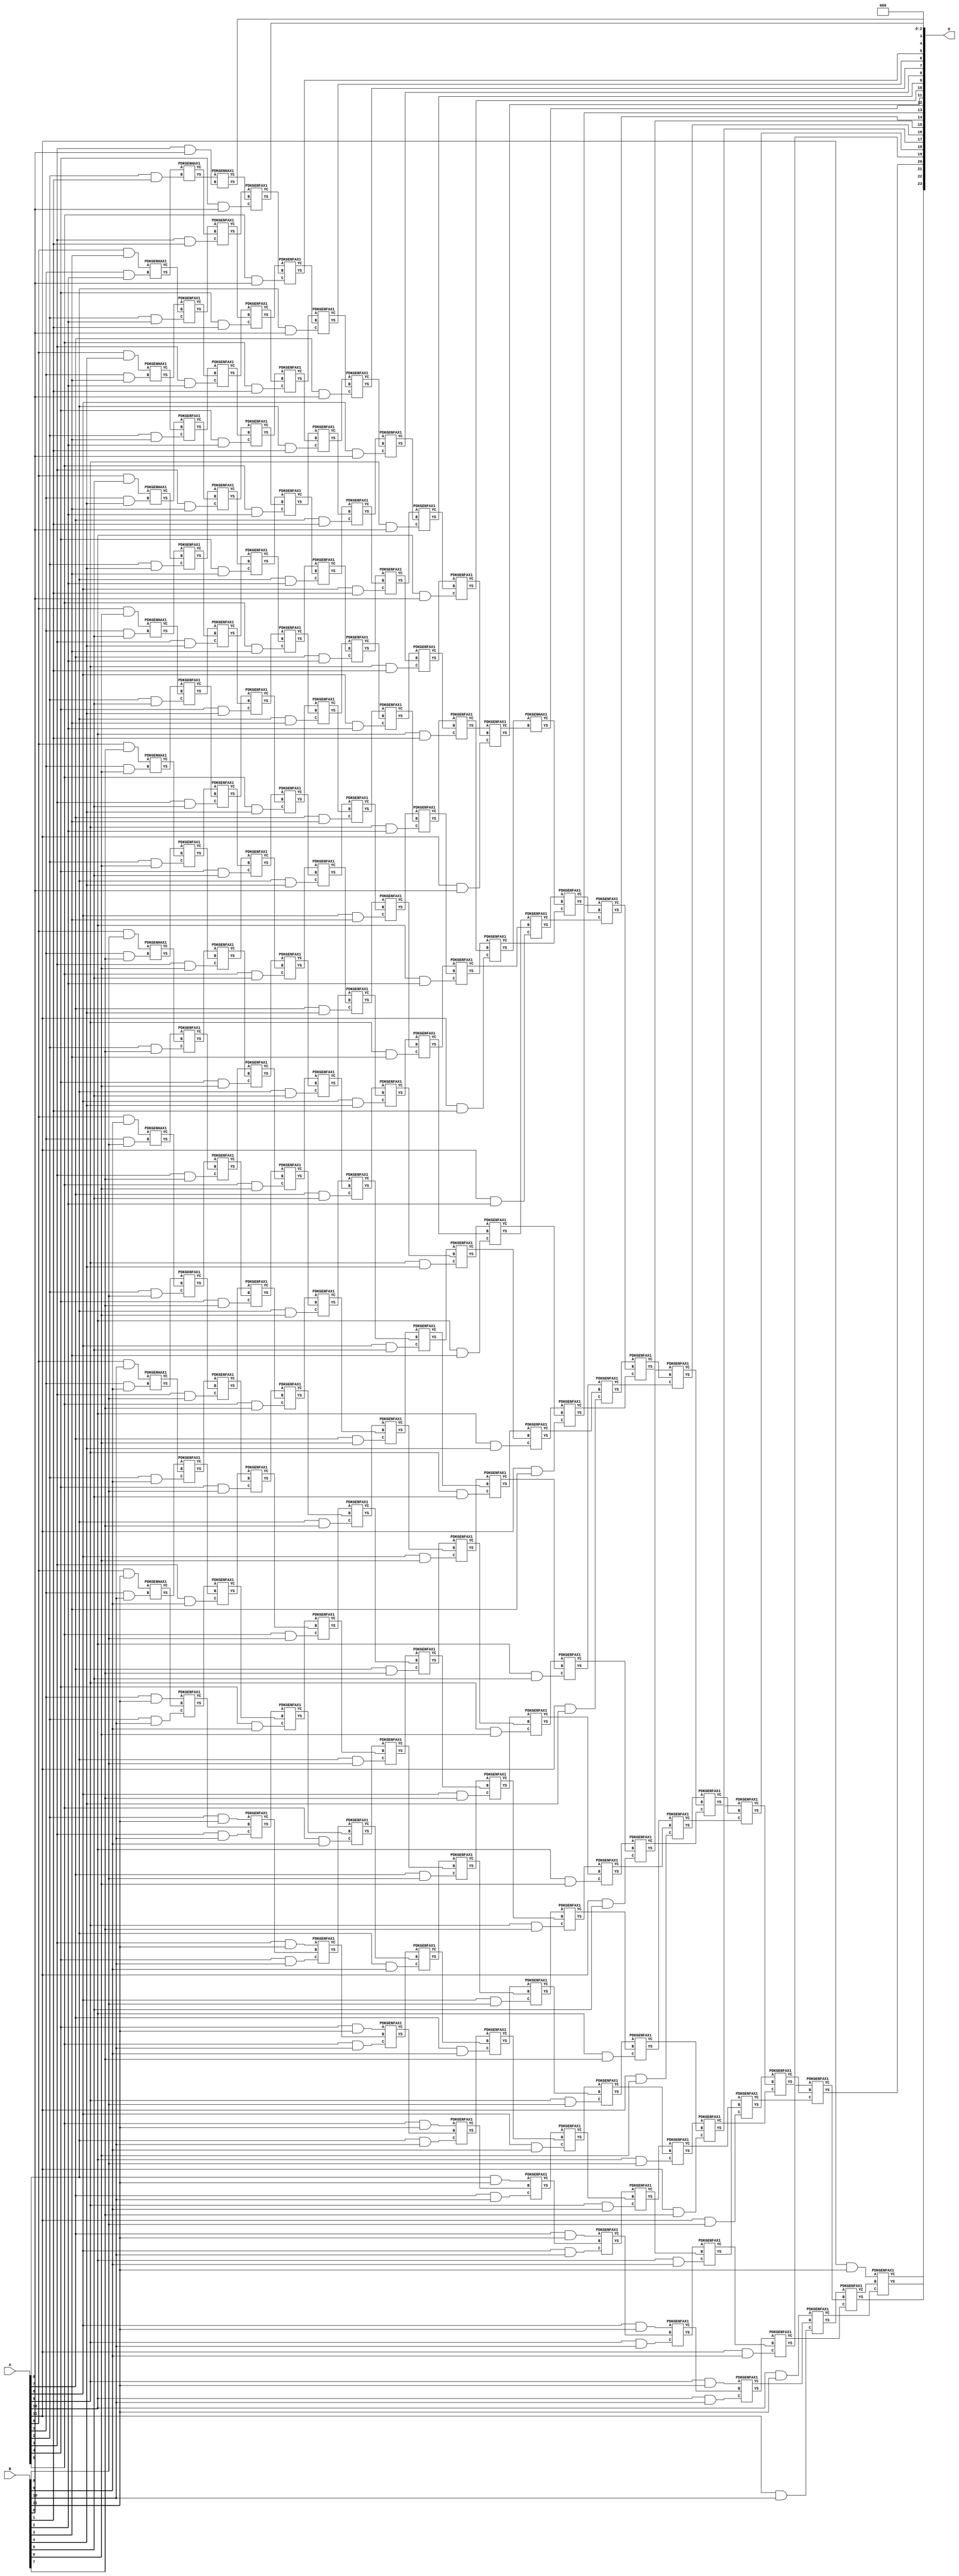
/***
* This code is a part of EvoApproxLib library (ehw.fit.vutbr.cz/approxlib) distributed under The MIT License.
* When used, please cite the following article(s): V. Mrazek, Z. Vasicek, L. Sekanina, H. Jiang and J. Han, "Scalable Construction of Approximate Multipliers With Formally Guaranteed Worst Case Error" in IEEE Transactions on Very Large Scale Integration (VLSI) Systems, vol. 26, no. 11, pp. 2572-2576, Nov. 2018. doi: 10.1109/TVLSI.2018.2856362 
* This file contains a circuit from a sub-set of pareto optimal circuits with respect to the pwr and wce parameters
***/
// MAE% = 0.000025 %
// MAE = 4.2 
// WCE% = 0.0001 %
// WCE = 17 
// WCRE% = 100.00 %
// EP% = 68.75 %
// MRE% = 0.0019 %
// MSE = 34 
// PDK45_PWR = 1.142 mW
// PDK45_AREA = 1556.7 um2
// PDK45_DELAY = 2.27 ns


module mul12u_2ED ( A, B, O );
  input [11:0] A;
  input [11:0] B;
  output [23:0] O;

  wire C_10_0,C_10_1,C_10_10,C_10_2,C_10_3,C_10_4,C_10_5,C_10_6,C_10_7,C_10_8,C_10_9,C_11_0,C_11_1,C_11_10,C_11_2,C_11_3,C_11_4,C_11_5,C_11_6,C_11_7,C_11_8,C_11_9,C_12_0,C_12_1,C_12_10,C_12_2,C_12_3,C_12_4,C_12_5,C_12_6,C_12_7,C_12_8,C_12_9,C_1_10,C_1_2,C_1_3,C_1_4,C_1_5,C_1_6,C_1_7,C_1_8,C_1_9,C_2_1,C_2_10,C_2_2,C_2_3,C_2_4,C_2_5,C_2_6,C_2_7,C_2_8,C_2_9,C_3_0,C_3_1,C_3_10,C_3_2,C_3_3,C_3_4,C_3_5,C_3_6,C_3_7,C_3_8,C_3_9,C_4_0,C_4_1,C_4_10,C_4_2,C_4_3,C_4_4,C_4_5,C_4_6,C_4_7,C_4_8,C_4_9,C_5_0,C_5_1,C_5_10,C_5_2,C_5_3,C_5_4,C_5_5,C_5_6,C_5_7,C_5_8,C_5_9,C_6_0,C_6_1,C_6_10,C_6_2,C_6_3,C_6_4,C_6_5,C_6_6,C_6_7,C_6_8,C_6_9,C_7_0,C_7_1,C_7_10,C_7_2,C_7_3,C_7_4,C_7_5,C_7_6,C_7_7,C_7_8,C_7_9,C_8_0,C_8_1,C_8_10,C_8_2,C_8_3,C_8_4,C_8_5,C_8_6,C_8_7,C_8_8,C_8_9,C_9_0,C_9_1,C_9_10,C_9_2,C_9_3,C_9_4,C_9_5,C_9_6,C_9_7,C_9_8,C_9_9,S_0_10,S_0_11,S_0_3,S_0_4,S_0_5,S_0_6,S_0_7,S_0_8,S_0_9,S_10_0,S_10_1,S_10_10,S_10_11,S_10_2,S_10_3,S_10_4,S_10_5,S_10_6,S_10_7,S_10_8,S_10_9,S_11_0,S_11_1,S_11_10,S_11_11,S_11_2,S_11_3,S_11_4,S_11_5,S_11_6,S_11_7,S_11_8,S_11_9,S_12_0,S_12_1,S_12_10,S_12_11,S_12_2,S_12_3,S_12_4,S_12_5,S_12_6,S_12_7,S_12_8,S_12_9,S_1_10,S_1_11,S_1_2,S_1_3,S_1_4,S_1_5,S_1_6,S_1_7,S_1_8,S_1_9,S_2_1,S_2_10,S_2_11,S_2_2,S_2_3,S_2_4,S_2_5,S_2_6,S_2_7,S_2_8,S_2_9,S_3_0,S_3_1,S_3_10,S_3_11,S_3_2,S_3_3,S_3_4,S_3_5,S_3_6,S_3_7,S_3_8,S_3_9,S_4_0,S_4_1,S_4_10,S_4_11,S_4_2,S_4_3,S_4_4,S_4_5,S_4_6,S_4_7,S_4_8,S_4_9,S_5_0,S_5_1,S_5_10,S_5_11,S_5_2,S_5_3,S_5_4,S_5_5,S_5_6,S_5_7,S_5_8,S_5_9,S_6_0,S_6_1,S_6_10,S_6_11,S_6_2,S_6_3,S_6_4,S_6_5,S_6_6,S_6_7,S_6_8,S_6_9,S_7_0,S_7_1,S_7_10,S_7_11,S_7_2,S_7_3,S_7_4,S_7_5,S_7_6,S_7_7,S_7_8,S_7_9,S_8_0,S_8_1,S_8_10,S_8_11,S_8_2,S_8_3,S_8_4,S_8_5,S_8_6,S_8_7,S_8_8,S_8_9,S_9_0,S_9_1,S_9_10,S_9_11,S_9_2,S_9_3,S_9_4,S_9_5,S_9_6,S_9_7,S_9_8,S_9_9;

  assign S_0_3 = (A[0] & B[3]);
  assign S_0_4 = (A[0] & B[4]);
  assign S_0_5 = (A[0] & B[5]);
  assign S_0_6 = (A[0] & B[6]);
  assign S_0_7 = (A[0] & B[7]);
  assign S_0_8 = (A[0] & B[8]);
  assign S_0_9 = (A[0] & B[9]);
  assign S_0_10 = (A[0] & B[10]);
  assign S_0_11 = (A[0] & B[11]);
  PDKGENHAX1 U13047 (.A(S_0_3), .B((A[1] & B[2])), .YS(S_1_2), .YC(C_1_2));
  PDKGENHAX1 U13048 (.A(S_0_4), .B((A[1] & B[3])), .YS(S_1_3), .YC(C_1_3));
  PDKGENHAX1 U13049 (.A(S_0_5), .B((A[1] & B[4])), .YS(S_1_4), .YC(C_1_4));
  PDKGENHAX1 U13050 (.A(S_0_6), .B((A[1] & B[5])), .YS(S_1_5), .YC(C_1_5));
  PDKGENHAX1 U13051 (.A(S_0_7), .B((A[1] & B[6])), .YS(S_1_6), .YC(C_1_6));
  PDKGENHAX1 U13052 (.A(S_0_8), .B((A[1] & B[7])), .YS(S_1_7), .YC(C_1_7));
  PDKGENHAX1 U13053 (.A(S_0_9), .B((A[1] & B[8])), .YS(S_1_8), .YC(C_1_8));
  PDKGENHAX1 U13054 (.A(S_0_10), .B((A[1] & B[9])), .YS(S_1_9), .YC(C_1_9));
  PDKGENHAX1 U13055 (.A(S_0_11), .B((A[1] & B[10])), .YS(S_1_10), .YC(C_1_10));
  assign S_1_11 = (A[1] & B[11]);
  PDKGENHAX1 U13058 (.A(S_1_2), .B((A[2] & B[1])), .YS(S_2_1), .YC(C_2_1));
  PDKGENFAX1 U13059 (.A(S_1_3), .B(C_1_2), .C((A[2] & B[2])), .YS(S_2_2), .YC(C_2_2));
  PDKGENFAX1 U13060 (.A(S_1_4), .B(C_1_3), .C((A[2] & B[3])), .YS(S_2_3), .YC(C_2_3));
  PDKGENFAX1 U13061 (.A(S_1_5), .B(C_1_4), .C((A[2] & B[4])), .YS(S_2_4), .YC(C_2_4));
  PDKGENFAX1 U13062 (.A(S_1_6), .B(C_1_5), .C((A[2] & B[5])), .YS(S_2_5), .YC(C_2_5));
  PDKGENFAX1 U13063 (.A(S_1_7), .B(C_1_6), .C((A[2] & B[6])), .YS(S_2_6), .YC(C_2_6));
  PDKGENFAX1 U13064 (.A(S_1_8), .B(C_1_7), .C((A[2] & B[7])), .YS(S_2_7), .YC(C_2_7));
  PDKGENFAX1 U13065 (.A(S_1_9), .B(C_1_8), .C((A[2] & B[8])), .YS(S_2_8), .YC(C_2_8));
  PDKGENFAX1 U13066 (.A(S_1_10), .B(C_1_9), .C((A[2] & B[9])), .YS(S_2_9), .YC(C_2_9));
  PDKGENFAX1 U13067 (.A(S_1_11), .B(C_1_10), .C((A[2] & B[10])), .YS(S_2_10), .YC(C_2_10));
  assign S_2_11 = (A[2] & B[11]);
  PDKGENHAX1 U13069 (.A(S_2_1), .B((A[3] & B[0])), .YS(S_3_0), .YC(C_3_0));
  PDKGENFAX1 U13070 (.A(S_2_2), .B(C_2_1), .C((A[3] & B[1])), .YS(S_3_1), .YC(C_3_1));
  PDKGENFAX1 U13071 (.A(S_2_3), .B(C_2_2), .C((A[3] & B[2])), .YS(S_3_2), .YC(C_3_2));
  PDKGENFAX1 U13072 (.A(S_2_4), .B(C_2_3), .C((A[3] & B[3])), .YS(S_3_3), .YC(C_3_3));
  PDKGENFAX1 U13073 (.A(S_2_5), .B(C_2_4), .C((A[3] & B[4])), .YS(S_3_4), .YC(C_3_4));
  PDKGENFAX1 U13074 (.A(S_2_6), .B(C_2_5), .C((A[3] & B[5])), .YS(S_3_5), .YC(C_3_5));
  PDKGENFAX1 U13075 (.A(S_2_7), .B(C_2_6), .C((A[3] & B[6])), .YS(S_3_6), .YC(C_3_6));
  PDKGENFAX1 U13076 (.A(S_2_8), .B(C_2_7), .C((A[3] & B[7])), .YS(S_3_7), .YC(C_3_7));
  PDKGENFAX1 U13077 (.A(S_2_9), .B(C_2_8), .C((A[3] & B[8])), .YS(S_3_8), .YC(C_3_8));
  PDKGENFAX1 U13078 (.A(S_2_10), .B(C_2_9), .C((A[3] & B[9])), .YS(S_3_9), .YC(C_3_9));
  PDKGENFAX1 U13079 (.A(S_2_11), .B(C_2_10), .C((A[3] & B[10])), .YS(S_3_10), .YC(C_3_10));
  assign S_3_11 = (A[3] & B[11]);
  PDKGENFAX1 U13081 (.A(S_3_1), .B(C_3_0), .C((A[4] & B[0])), .YS(S_4_0), .YC(C_4_0));
  PDKGENFAX1 U13082 (.A(S_3_2), .B(C_3_1), .C((A[4] & B[1])), .YS(S_4_1), .YC(C_4_1));
  PDKGENFAX1 U13083 (.A(S_3_3), .B(C_3_2), .C((A[4] & B[2])), .YS(S_4_2), .YC(C_4_2));
  PDKGENFAX1 U13084 (.A(S_3_4), .B(C_3_3), .C((A[4] & B[3])), .YS(S_4_3), .YC(C_4_3));
  PDKGENFAX1 U13085 (.A(S_3_5), .B(C_3_4), .C((A[4] & B[4])), .YS(S_4_4), .YC(C_4_4));
  PDKGENFAX1 U13086 (.A(S_3_6), .B(C_3_5), .C((A[4] & B[5])), .YS(S_4_5), .YC(C_4_5));
  PDKGENFAX1 U13087 (.A(S_3_7), .B(C_3_6), .C((A[4] & B[6])), .YS(S_4_6), .YC(C_4_6));
  PDKGENFAX1 U13088 (.A(S_3_8), .B(C_3_7), .C((A[4] & B[7])), .YS(S_4_7), .YC(C_4_7));
  PDKGENFAX1 U13089 (.A(S_3_9), .B(C_3_8), .C((A[4] & B[8])), .YS(S_4_8), .YC(C_4_8));
  PDKGENFAX1 U13090 (.A(S_3_10), .B(C_3_9), .C((A[4] & B[9])), .YS(S_4_9), .YC(C_4_9));
  PDKGENFAX1 U13091 (.A(S_3_11), .B(C_3_10), .C((A[4] & B[10])), .YS(S_4_10), .YC(C_4_10));
  assign S_4_11 = (A[4] & B[11]);
  PDKGENFAX1 U13093 (.A(S_4_1), .B(C_4_0), .C((A[5] & B[0])), .YS(S_5_0), .YC(C_5_0));
  PDKGENFAX1 U13094 (.A(S_4_2), .B(C_4_1), .C((A[5] & B[1])), .YS(S_5_1), .YC(C_5_1));
  PDKGENFAX1 U13095 (.A(S_4_3), .B(C_4_2), .C((A[5] & B[2])), .YS(S_5_2), .YC(C_5_2));
  PDKGENFAX1 U13096 (.A(S_4_4), .B(C_4_3), .C((A[5] & B[3])), .YS(S_5_3), .YC(C_5_3));
  PDKGENFAX1 U13097 (.A(S_4_5), .B(C_4_4), .C((A[5] & B[4])), .YS(S_5_4), .YC(C_5_4));
  PDKGENFAX1 U13098 (.A(S_4_6), .B(C_4_5), .C((A[5] & B[5])), .YS(S_5_5), .YC(C_5_5));
  PDKGENFAX1 U13099 (.A(S_4_7), .B(C_4_6), .C((A[5] & B[6])), .YS(S_5_6), .YC(C_5_6));
  PDKGENFAX1 U13100 (.A(S_4_8), .B(C_4_7), .C((A[5] & B[7])), .YS(S_5_7), .YC(C_5_7));
  PDKGENFAX1 U13101 (.A(S_4_9), .B(C_4_8), .C((A[5] & B[8])), .YS(S_5_8), .YC(C_5_8));
  PDKGENFAX1 U13102 (.A(S_4_10), .B(C_4_9), .C((A[5] & B[9])), .YS(S_5_9), .YC(C_5_9));
  PDKGENFAX1 U13103 (.A(S_4_11), .B(C_4_10), .C((A[5] & B[10])), .YS(S_5_10), .YC(C_5_10));
  assign S_5_11 = (A[5] & B[11]);
  PDKGENFAX1 U13105 (.A(S_5_1), .B(C_5_0), .C((A[6] & B[0])), .YS(S_6_0), .YC(C_6_0));
  PDKGENFAX1 U13106 (.A(S_5_2), .B(C_5_1), .C((A[6] & B[1])), .YS(S_6_1), .YC(C_6_1));
  PDKGENFAX1 U13107 (.A(S_5_3), .B(C_5_2), .C((A[6] & B[2])), .YS(S_6_2), .YC(C_6_2));
  PDKGENFAX1 U13108 (.A(S_5_4), .B(C_5_3), .C((A[6] & B[3])), .YS(S_6_3), .YC(C_6_3));
  PDKGENFAX1 U13109 (.A(S_5_5), .B(C_5_4), .C((A[6] & B[4])), .YS(S_6_4), .YC(C_6_4));
  PDKGENFAX1 U13110 (.A(S_5_6), .B(C_5_5), .C((A[6] & B[5])), .YS(S_6_5), .YC(C_6_5));
  PDKGENFAX1 U13111 (.A(S_5_7), .B(C_5_6), .C((A[6] & B[6])), .YS(S_6_6), .YC(C_6_6));
  PDKGENFAX1 U13112 (.A(S_5_8), .B(C_5_7), .C((A[6] & B[7])), .YS(S_6_7), .YC(C_6_7));
  PDKGENFAX1 U13113 (.A(S_5_9), .B(C_5_8), .C((A[6] & B[8])), .YS(S_6_8), .YC(C_6_8));
  PDKGENFAX1 U13114 (.A(S_5_10), .B(C_5_9), .C((A[6] & B[9])), .YS(S_6_9), .YC(C_6_9));
  PDKGENFAX1 U13115 (.A(S_5_11), .B(C_5_10), .C((A[6] & B[10])), .YS(S_6_10), .YC(C_6_10));
  assign S_6_11 = (A[6] & B[11]);
  PDKGENFAX1 U13117 (.A(S_6_1), .B(C_6_0), .C((A[7] & B[0])), .YS(S_7_0), .YC(C_7_0));
  PDKGENFAX1 U13118 (.A(S_6_2), .B(C_6_1), .C((A[7] & B[1])), .YS(S_7_1), .YC(C_7_1));
  PDKGENFAX1 U13119 (.A(S_6_3), .B(C_6_2), .C((A[7] & B[2])), .YS(S_7_2), .YC(C_7_2));
  PDKGENFAX1 U13120 (.A(S_6_4), .B(C_6_3), .C((A[7] & B[3])), .YS(S_7_3), .YC(C_7_3));
  PDKGENFAX1 U13121 (.A(S_6_5), .B(C_6_4), .C((A[7] & B[4])), .YS(S_7_4), .YC(C_7_4));
  PDKGENFAX1 U13122 (.A(S_6_6), .B(C_6_5), .C((A[7] & B[5])), .YS(S_7_5), .YC(C_7_5));
  PDKGENFAX1 U13123 (.A(S_6_7), .B(C_6_6), .C((A[7] & B[6])), .YS(S_7_6), .YC(C_7_6));
  PDKGENFAX1 U13124 (.A(S_6_8), .B(C_6_7), .C((A[7] & B[7])), .YS(S_7_7), .YC(C_7_7));
  PDKGENFAX1 U13125 (.A(S_6_9), .B(C_6_8), .C((A[7] & B[8])), .YS(S_7_8), .YC(C_7_8));
  PDKGENFAX1 U13126 (.A(S_6_10), .B(C_6_9), .C((A[7] & B[9])), .YS(S_7_9), .YC(C_7_9));
  PDKGENFAX1 U13127 (.A(S_6_11), .B(C_6_10), .C((A[7] & B[10])), .YS(S_7_10), .YC(C_7_10));
  assign S_7_11 = (A[7] & B[11]);
  PDKGENFAX1 U13129 (.A(S_7_1), .B(C_7_0), .C((A[8] & B[0])), .YS(S_8_0), .YC(C_8_0));
  PDKGENFAX1 U13130 (.A(S_7_2), .B(C_7_1), .C((A[8] & B[1])), .YS(S_8_1), .YC(C_8_1));
  PDKGENFAX1 U13131 (.A(S_7_3), .B(C_7_2), .C((A[8] & B[2])), .YS(S_8_2), .YC(C_8_2));
  PDKGENFAX1 U13132 (.A(S_7_4), .B(C_7_3), .C((A[8] & B[3])), .YS(S_8_3), .YC(C_8_3));
  PDKGENFAX1 U13133 (.A(S_7_5), .B(C_7_4), .C((A[8] & B[4])), .YS(S_8_4), .YC(C_8_4));
  PDKGENFAX1 U13134 (.A(S_7_6), .B(C_7_5), .C((A[8] & B[5])), .YS(S_8_5), .YC(C_8_5));
  PDKGENFAX1 U13135 (.A(S_7_7), .B(C_7_6), .C((A[8] & B[6])), .YS(S_8_6), .YC(C_8_6));
  PDKGENFAX1 U13136 (.A(S_7_8), .B(C_7_7), .C((A[8] & B[7])), .YS(S_8_7), .YC(C_8_7));
  PDKGENFAX1 U13137 (.A(S_7_9), .B(C_7_8), .C((A[8] & B[8])), .YS(S_8_8), .YC(C_8_8));
  PDKGENFAX1 U13138 (.A(S_7_10), .B(C_7_9), .C((A[8] & B[9])), .YS(S_8_9), .YC(C_8_9));
  PDKGENFAX1 U13139 (.A(S_7_11), .B(C_7_10), .C((A[8] & B[10])), .YS(S_8_10), .YC(C_8_10));
  assign S_8_11 = (A[8] & B[11]);
  PDKGENFAX1 U13141 (.A(S_8_1), .B(C_8_0), .C((A[9] & B[0])), .YS(S_9_0), .YC(C_9_0));
  PDKGENFAX1 U13142 (.A(S_8_2), .B(C_8_1), .C((A[9] & B[1])), .YS(S_9_1), .YC(C_9_1));
  PDKGENFAX1 U13143 (.A(S_8_3), .B(C_8_2), .C((A[9] & B[2])), .YS(S_9_2), .YC(C_9_2));
  PDKGENFAX1 U13144 (.A(S_8_4), .B(C_8_3), .C((A[9] & B[3])), .YS(S_9_3), .YC(C_9_3));
  PDKGENFAX1 U13145 (.A(S_8_5), .B(C_8_4), .C((A[9] & B[4])), .YS(S_9_4), .YC(C_9_4));
  PDKGENFAX1 U13146 (.A(S_8_6), .B(C_8_5), .C((A[9] & B[5])), .YS(S_9_5), .YC(C_9_5));
  PDKGENFAX1 U13147 (.A(S_8_7), .B(C_8_6), .C((A[9] & B[6])), .YS(S_9_6), .YC(C_9_6));
  PDKGENFAX1 U13148 (.A(S_8_8), .B(C_8_7), .C((A[9] & B[7])), .YS(S_9_7), .YC(C_9_7));
  PDKGENFAX1 U13149 (.A(S_8_9), .B(C_8_8), .C((A[9] & B[8])), .YS(S_9_8), .YC(C_9_8));
  PDKGENFAX1 U13150 (.A(S_8_10), .B(C_8_9), .C((A[9] & B[9])), .YS(S_9_9), .YC(C_9_9));
  PDKGENFAX1 U13151 (.A(S_8_11), .B(C_8_10), .C((A[9] & B[10])), .YS(S_9_10), .YC(C_9_10));
  assign S_9_11 = (A[9] & B[11]);
  PDKGENFAX1 U13153 (.A(S_9_1), .B(C_9_0), .C((A[10] & B[0])), .YS(S_10_0), .YC(C_10_0));
  PDKGENFAX1 U13154 (.A(S_9_2), .B(C_9_1), .C((A[10] & B[1])), .YS(S_10_1), .YC(C_10_1));
  PDKGENFAX1 U13155 (.A(S_9_3), .B(C_9_2), .C((A[10] & B[2])), .YS(S_10_2), .YC(C_10_2));
  PDKGENFAX1 U13156 (.A(S_9_4), .B(C_9_3), .C((A[10] & B[3])), .YS(S_10_3), .YC(C_10_3));
  PDKGENFAX1 U13157 (.A(S_9_5), .B(C_9_4), .C((A[10] & B[4])), .YS(S_10_4), .YC(C_10_4));
  PDKGENFAX1 U13158 (.A(S_9_6), .B(C_9_5), .C((A[10] & B[5])), .YS(S_10_5), .YC(C_10_5));
  PDKGENFAX1 U13159 (.A(S_9_7), .B(C_9_6), .C((A[10] & B[6])), .YS(S_10_6), .YC(C_10_6));
  PDKGENFAX1 U13160 (.A(S_9_8), .B(C_9_7), .C((A[10] & B[7])), .YS(S_10_7), .YC(C_10_7));
  PDKGENFAX1 U13161 (.A(S_9_9), .B(C_9_8), .C((A[10] & B[8])), .YS(S_10_8), .YC(C_10_8));
  PDKGENFAX1 U13162 (.A(S_9_10), .B(C_9_9), .C((A[10] & B[9])), .YS(S_10_9), .YC(C_10_9));
  PDKGENFAX1 U13163 (.A(S_9_11), .B(C_9_10), .C((A[10] & B[10])), .YS(S_10_10), .YC(C_10_10));
  assign S_10_11 = (A[10] & B[11]);
  PDKGENFAX1 U13165 (.A(S_10_1), .B(C_10_0), .C((A[11] & B[0])), .YS(S_11_0), .YC(C_11_0));
  PDKGENFAX1 U13166 (.A(S_10_2), .B(C_10_1), .C((A[11] & B[1])), .YS(S_11_1), .YC(C_11_1));
  PDKGENFAX1 U13167 (.A(S_10_3), .B(C_10_2), .C((A[11] & B[2])), .YS(S_11_2), .YC(C_11_2));
  PDKGENFAX1 U13168 (.A(S_10_4), .B(C_10_3), .C((A[11] & B[3])), .YS(S_11_3), .YC(C_11_3));
  PDKGENFAX1 U13169 (.A(S_10_5), .B(C_10_4), .C((A[11] & B[4])), .YS(S_11_4), .YC(C_11_4));
  PDKGENFAX1 U13170 (.A(S_10_6), .B(C_10_5), .C((A[11] & B[5])), .YS(S_11_5), .YC(C_11_5));
  PDKGENFAX1 U13171 (.A(S_10_7), .B(C_10_6), .C((A[11] & B[6])), .YS(S_11_6), .YC(C_11_6));
  PDKGENFAX1 U13172 (.A(S_10_8), .B(C_10_7), .C((A[11] & B[7])), .YS(S_11_7), .YC(C_11_7));
  PDKGENFAX1 U13173 (.A(S_10_9), .B(C_10_8), .C((A[11] & B[8])), .YS(S_11_8), .YC(C_11_8));
  PDKGENFAX1 U13174 (.A(S_10_10), .B(C_10_9), .C((A[11] & B[9])), .YS(S_11_9), .YC(C_11_9));
  PDKGENFAX1 U13175 (.A(S_10_11), .B(C_10_10), .C((A[11] & B[10])), .YS(S_11_10), .YC(C_11_10));
  assign S_11_11 = (A[11] & B[11]);
  PDKGENHAX1 U13177 (.A(S_11_1), .B(C_11_0), .YS(S_12_0), .YC(C_12_0));
  PDKGENFAX1 U13178 (.A(S_11_2), .B(C_12_0), .C(C_11_1), .YS(S_12_1), .YC(C_12_1));
  PDKGENFAX1 U13179 (.A(S_11_3), .B(C_12_1), .C(C_11_2), .YS(S_12_2), .YC(C_12_2));
  PDKGENFAX1 U13180 (.A(S_11_4), .B(C_12_2), .C(C_11_3), .YS(S_12_3), .YC(C_12_3));
  PDKGENFAX1 U13181 (.A(S_11_5), .B(C_12_3), .C(C_11_4), .YS(S_12_4), .YC(C_12_4));
  PDKGENFAX1 U13182 (.A(S_11_6), .B(C_12_4), .C(C_11_5), .YS(S_12_5), .YC(C_12_5));
  PDKGENFAX1 U13183 (.A(S_11_7), .B(C_12_5), .C(C_11_6), .YS(S_12_6), .YC(C_12_6));
  PDKGENFAX1 U13184 (.A(S_11_8), .B(C_12_6), .C(C_11_7), .YS(S_12_7), .YC(C_12_7));
  PDKGENFAX1 U13185 (.A(S_11_9), .B(C_12_7), .C(C_11_8), .YS(S_12_8), .YC(C_12_8));
  PDKGENFAX1 U13186 (.A(S_11_10), .B(C_12_8), .C(C_11_9), .YS(S_12_9), .YC(C_12_9));
  PDKGENFAX1 U13187 (.A(S_11_11), .B(C_12_9), .C(C_11_10), .YS(S_12_10), .YC(C_12_10));
  assign S_12_11 = C_12_10;
  assign O = {S_12_11,S_12_10,S_12_9,S_12_8,S_12_7,S_12_6,S_12_5,S_12_4,S_12_3,S_12_2,S_12_1,S_12_0,S_11_0,S_10_0,S_9_0,S_8_0,S_7_0,S_6_0,S_5_0,S_4_0,S_3_0,1'b0,1'b0,1'b0};

endmodule

/* mod */
module PDKGENHAX1( input A, input B, output YS, output YC );
    assign YS = A ^ B;
    assign YC = A & B;
endmodule
/* mod */
module PDKGENFAX1( input A, input B, input C, output YS, output YC );
    assign YS = (A ^ B) ^ C;
    assign YC = (A & B) | (B & C) | (A & C);
endmodule